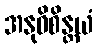
အနုဝိစိန္တယံ